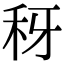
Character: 䄰